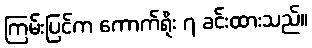
ကြမ်းပြင်က ကောက်ရိုး ၇ ခင်းထားသည်။